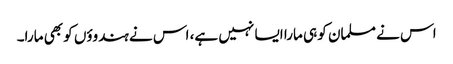
اس نے مسلمان کو ہی مارا ایسا نہیں ہے، اس نے ہندوؤں کو بھی مارا۔